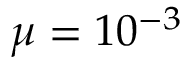
\mu = 1 0 ^ { - 3 }